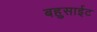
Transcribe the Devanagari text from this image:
बहुसाईट